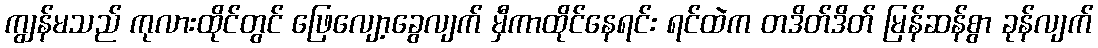
ကျွန်မသည် ကုလားထိုင်တွင် ဖြေလျော့ခွေလျက် မှီကာထိုင်နေရင်း ရင်ထဲက တဒိတ်ဒိတ် မြန်ဆန်စွာ ခုန်လျက်